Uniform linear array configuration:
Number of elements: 8
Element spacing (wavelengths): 0.75
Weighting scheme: uniform
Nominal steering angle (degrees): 30
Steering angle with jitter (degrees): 30.412
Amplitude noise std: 0.05
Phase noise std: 0.05

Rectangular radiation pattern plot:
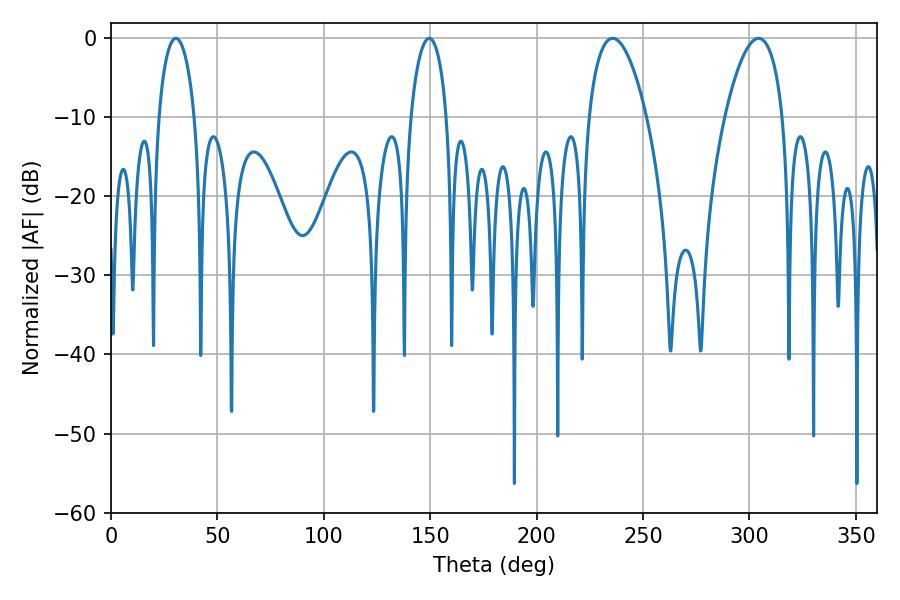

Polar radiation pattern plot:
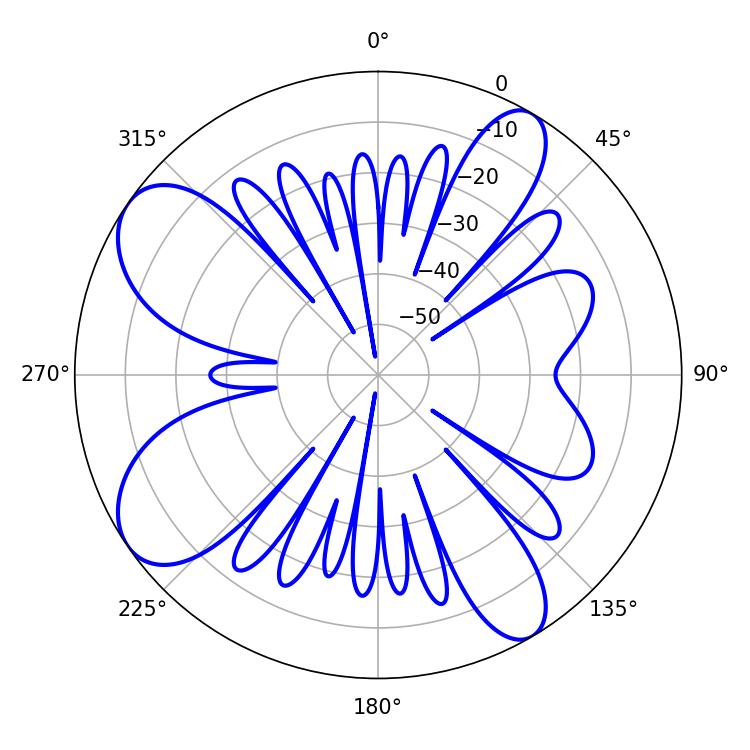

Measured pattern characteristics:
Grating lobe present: TRUE
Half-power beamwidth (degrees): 15.12
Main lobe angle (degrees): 304.38